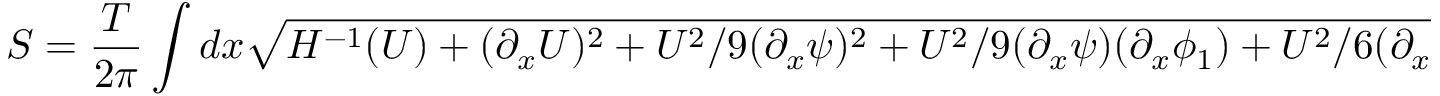
S = \frac { T } { 2 \pi } \int d x \sqrt { H ^ { - 1 } ( U ) + ( \partial _ { x } U ) ^ { 2 } + { U ^ { 2 } } / { 9 } ( \partial _ { x } \psi ) ^ { 2 } + { U ^ { 2 } } / { 9 } ( \partial _ { x } \psi ) ( \partial _ { x } \phi _ { 1 } ) + { U ^ { 2 } } / { 6 } ( \partial _ { x } \phi _ { 1 } ) ^ { 2 } } ,